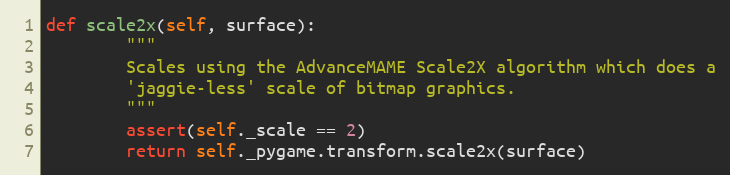
Language: Python
def scale2x(self, surface):
        """
        Scales using the AdvanceMAME Scale2X algorithm which does a
        'jaggie-less' scale of bitmap graphics.
        """
        assert(self._scale == 2)
        return self._pygame.transform.scale2x(surface)